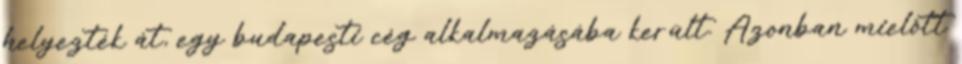
helyezték át, egy budapesti cég alkalmazásába került. Azonban mielôtt